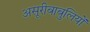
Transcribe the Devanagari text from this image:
असूरीबाबुलियों